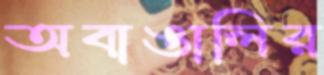
অবাঙালির